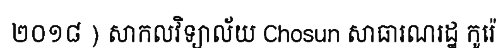
២០១៨ ) សាកលវិទ្យាល័យ Chosun សាធារណរដ្ឋ កូរ៉េ